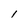
Character: l